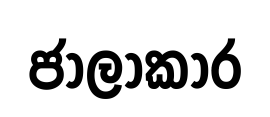
ජාලාකාර